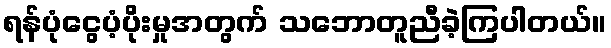
ရန်ပုံငွေပံ့ပိုးမှုအတွက် သဘောတူညီခဲ့ကြပါတယ်။